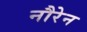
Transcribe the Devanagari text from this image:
नौरेन